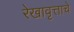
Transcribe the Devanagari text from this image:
रेखावृत्ताचे